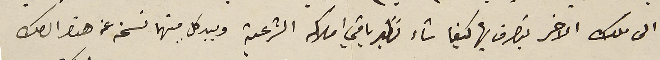
الى ملك الاخر يتصرف بها كيفما شاء نظير باقي املاكه الشرعية وبيد كلٍ منهما نسَخة عن هذا الصك